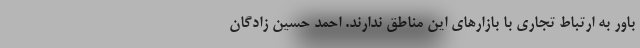
باور به ارتباط تجاری با بازارهای این مناطق ندارند. احمد حسین زادگان